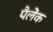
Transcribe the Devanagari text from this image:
पैलेंक